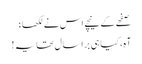
صفحے کے نیچے اس نے لکھا؛
آہ، کیا ہی برا سال تھا یہ !